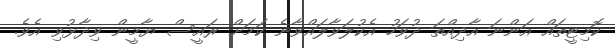
ކޮމިޓީތައް އަންނަ އާދިއްތަ ދުވަހު އެކުލަވާލައްވާނެ ކަމަށް ރައީސް ޔާމީން ވިދާޅުވި އެވެ.